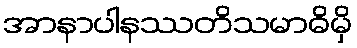
အာနာပါနဿတိသမာဓိမှိ